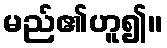
မည်၏ဟူ၍။